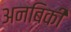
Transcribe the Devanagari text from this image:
अनबिकी